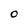
Character: O